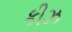
કીઝ